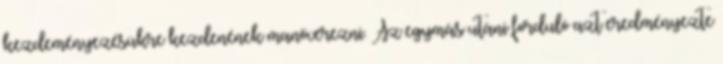
kezdeményezésükre kezdenének manőverezni. Az egymás utáni forduló azt eredményezte